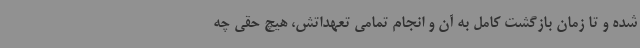
شده و تا زمان بازگشت کامل به آن و انجام تمامی تعهداتش، هیچ حقی چه